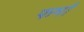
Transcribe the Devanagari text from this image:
फर्मां